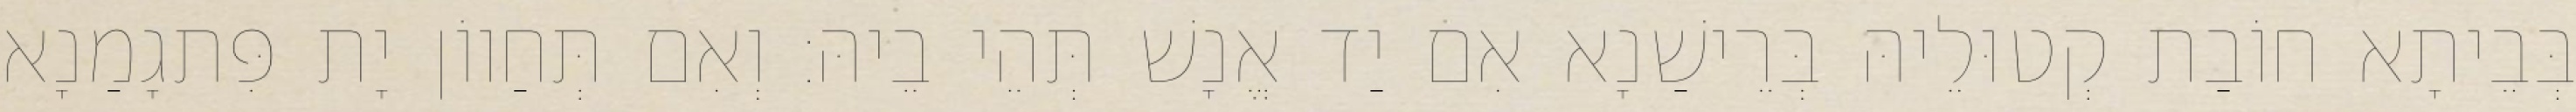
בְּבֵיתָא חוֹבַת קְטוּלֵיהּ בְּרֵישַׁנָא אִם יַד אֱנָשׁ תְּהֵי בֵיהּ׃ וְאִם תְּחַווֹן יָת פִּתגָמַנָא